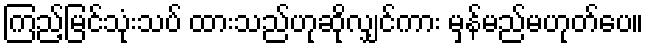
ကြည့်မြင်သုံးသပ် ထားသည်ဟုဆိုလျှင်ကား မှန်မည်မဟုတ်ပေ။